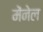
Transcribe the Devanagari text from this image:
मेंनेल